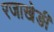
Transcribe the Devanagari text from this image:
रजाखेङी